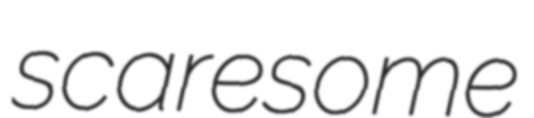
scaresome